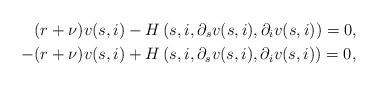
LaTeX: \begin{align*}&(r+\nu)v(s,i)-H\left(s,i,\partial_s v(s,i),\partial_i v(s,i)\right) = 0, \\-&(r+\nu)v(s,i)+H\left(s,i,\partial_s v(s,i),\partial_i v(s,i)\right) = 0, \end{align*}